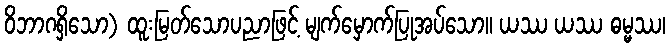
ဝိဘာဂရှိသော) ထူးမြတ်သောပညာဖြင့် မျက်မှောက်ပြုအပ်သော။ ယဿ ယဿ ဓမ္မဿ၊